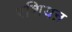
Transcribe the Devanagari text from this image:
रशियऩ